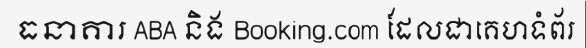
ធនាគារ ABA និង Booking.com ដែលជាគេហទំព័រ